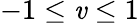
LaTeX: -1\leq\mathit{v}\leq1